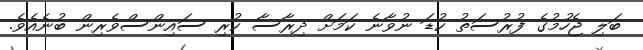
ބަލި ޖެހުމުގެ ފުރުސަތު ކުޑަ ނުވާނެ ކަމަށް ދިރާސާ ކުރި ސައިންސްވެރިން ބުނެއެވެ.